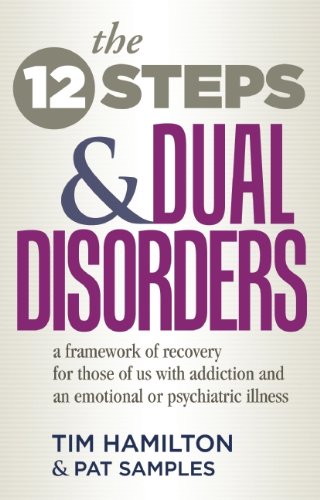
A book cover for The Twelve Steps And Dual Disorders: A Framework Of Recovery For Those Of Us With Addiction & An Emotional Or Psychiatric Illness; Tim Hamilton; Health, Fitness & Dieting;